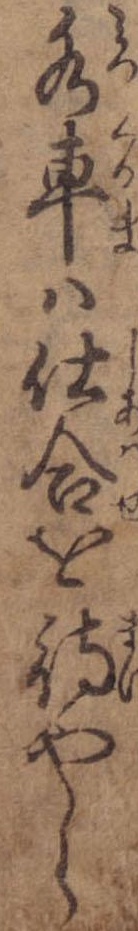
水車は仕合を待やら